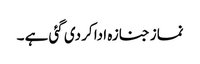
نماز جنازہ ادا کر دی گئی ہے ۔